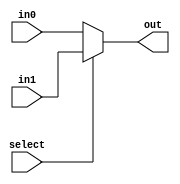
module mux_2_5_bit(out, select, in0, in1);
	input select;
	input [4:0] in0, in1;
	output [4:0] out;
	assign out = select ? in1 : in0;
endmodule